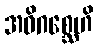
အဓိဂစ္ဆေဟိ